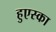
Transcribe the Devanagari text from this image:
हुएस्का